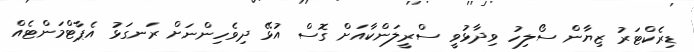
ޑިރެކްޓަރު ޒިޔާން ސޯލިހު ވިދާޅުވީ ސްރީލަންކާއަށް ގޮސް އުޅޭ ދިވެހިންނަށް ރަނގަޅު އެޕާޓްމަންޓެއް